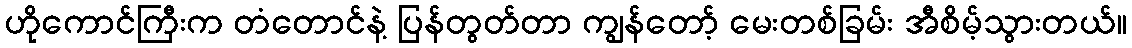
ဟိုကောင်ကြီးက တံတောင်နဲ့ ပြန်တွတ်တာ ကျွန်တော့် မေးတစ်ခြမ်း အီစိမ့်သွားတယ်။